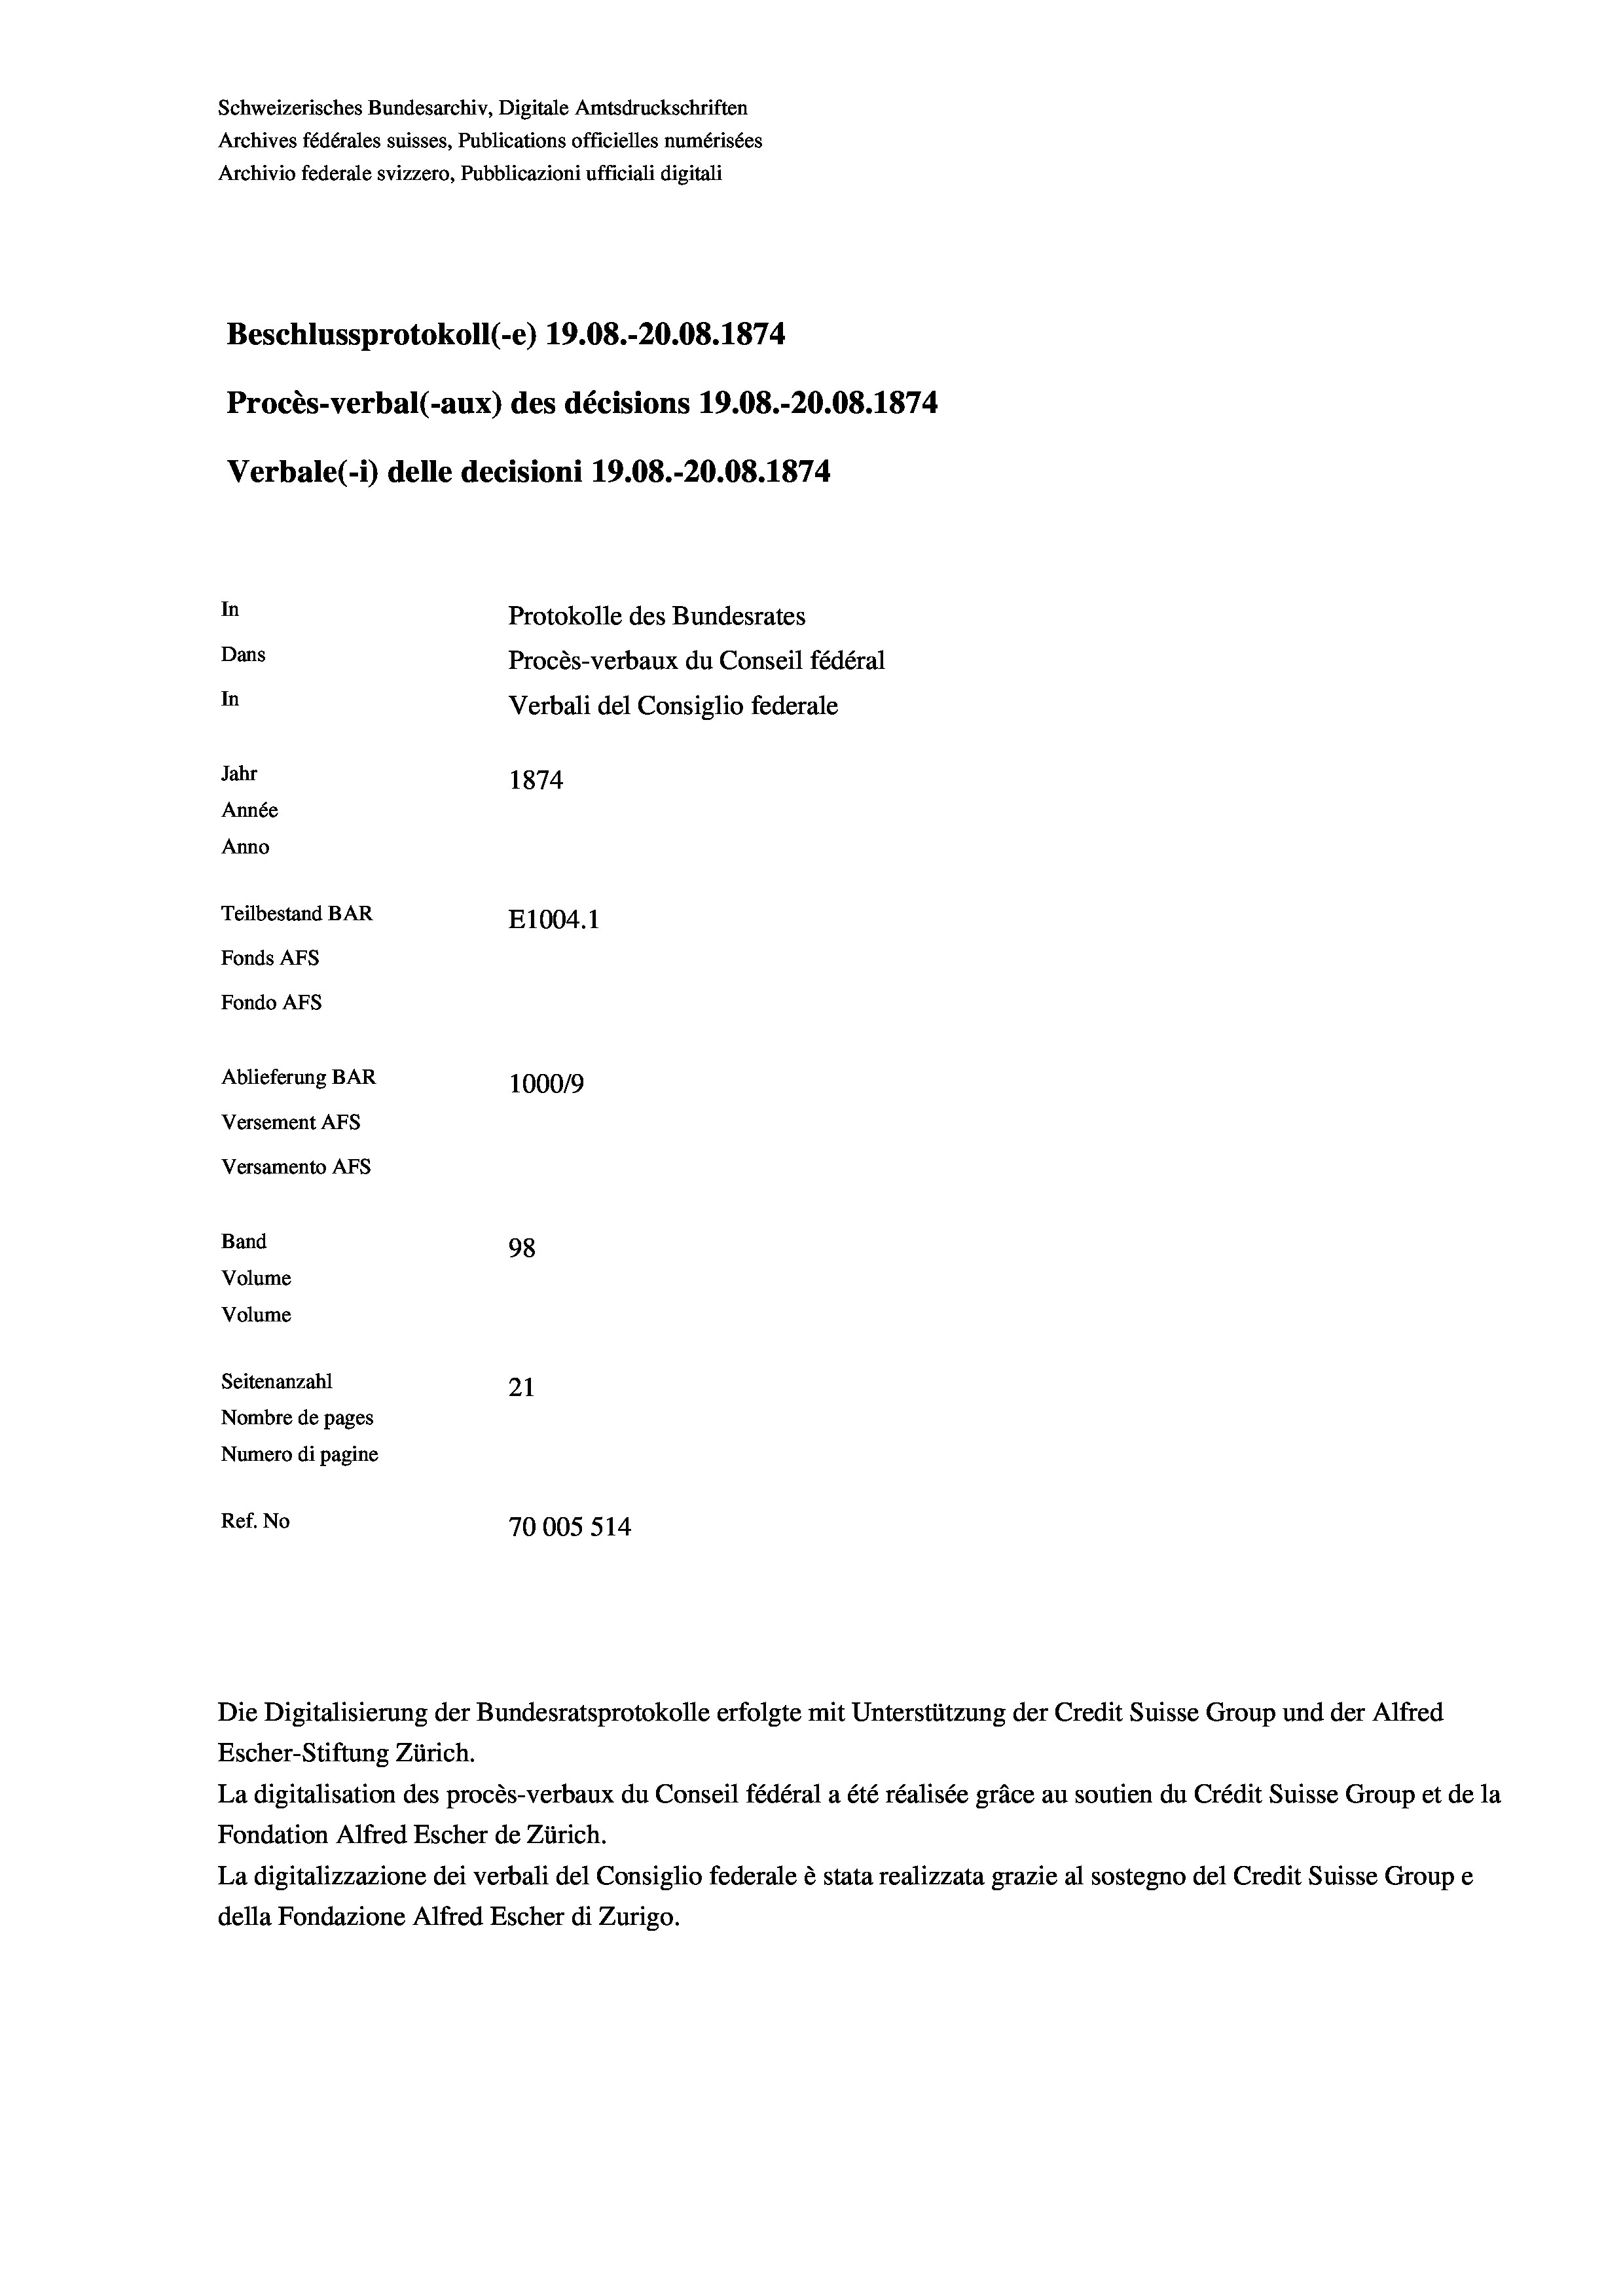
Schweizerisches Bundesarchiv, Digitale Amtsdruckschriften
Archives fédérales suisses, Publications officielles numérisées
Archivio federale svizzero, Pubblicazioni ufficiali digitali
Beschlussprotokoll (e) 19.08.-20.08. 1874
Procès-verbal (-aux) des décisions 19.08.-20.08. 1874
Verbale (i) delle decisioni 19.08.-20.08. 1874
In
Protokolle des Bundesrates
Dans
Procès-verbaux du Conseil fédéral
In
Verbali del Consiglio federale
Jahr
1874
Année
Anno
Teilbestand BAR
E1004. 1
Fonds AFs
Fondo AFs
Ablieferung BAR
100019
Versement AFs
Versamento Afs
Band
98
Volume
Volume
Seitenanzahl
21
Nombre de pages
Numero di pagine
Ref. No
70005514

Die Digitalisierung der Bundesratsprotokolle erfolgte mit Unterstützung der Credit Suisse Group und der Alfred
Escher-Stiftung Zürich.
La digitalisation des procès-verbaux du Conseil fédéral a été réalisée gräce au soutien du Crédit Suisse Group et de la
Fondation Alfred Escher de Zürich.
La digitalizzazione dei verbali del Consiglio federale è stata realizzata grazie al sostegno del Credit Suisse Groupe
della Fondazione Alfred Escher di Zurigo.